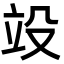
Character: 竐